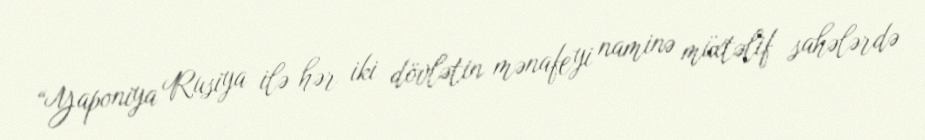
“Yaponiya Rusiya ilə hər iki dövlətin mənafeyi naminə müxtəlif sahələrdə